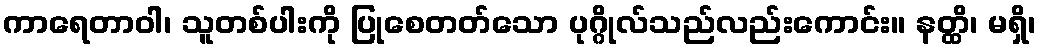
ကာရေတာဝါ၊ သူတစ်ပါးကို ပြုစေတတ်သော ပုဂ္ဂိုလ်သည်လည်းကောင်း။ နတ္ထိ၊ မရှိ၊